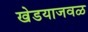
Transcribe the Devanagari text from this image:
खेडयाजवळ